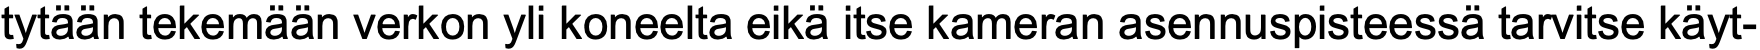
tytään tekemään verkon yli koneelta eikä itse kameran asennuspisteessä tarvitse käyt-